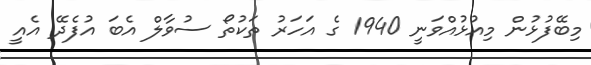
މިބޭފުޅުން މިއުޅުއްވަނީ 1940 ގެ އަހަރު ތަކުތޯ ސުވާލް އެބަ އުފެދޭ އެއީ